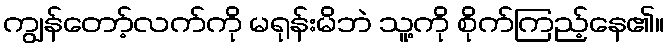
ကျွန်တော့်လက်ကို မရုန်းမိဘဲ သူ့ကို စိုက်ကြည့်နေ၏။